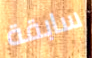
سابقة